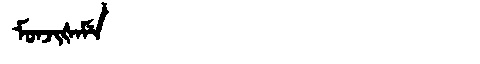
Manchu: ᠮᠣᠨᠵᡳᡧᠠᠮᡝ
Romanization: MONJIŠAME